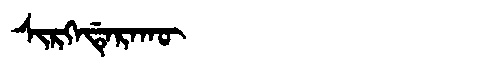
Manchu: ᠰᡳᡵᡴᡝᡩᡝᡵᠠᡴᡡ
Romanization: SIRKEDERAKŪ